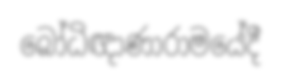
බෝධිඥාණාරාමයේදී